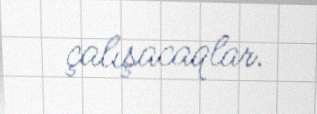
çalışacaqlar.